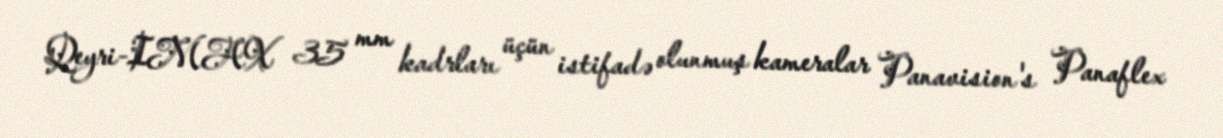
Qeyri-IMAX 35 mm kadrları üçün istifadə olunmuş kameralar Panavision's Panaflex